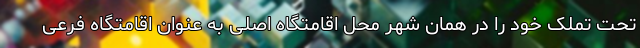
تحت تملک خود را در همان شهر محل اقامتگاه اصلی به عنوان اقامتگاه فرعی